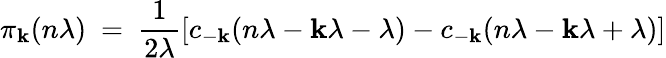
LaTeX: \pi_{\mathbf{k}}(n\lambda)\ =\ \frac{{1}}{{2\lambda}}[c_{-\mathbf{k}}(n\lambda-\mathbf{k}\lambda-\lambda)-c_{-\mathbf{k}}(n\lambda-\mathbf{k}\lambda+\lambda)]